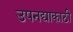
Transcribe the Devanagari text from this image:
उपनद्याकाठी